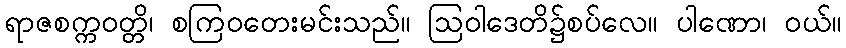
ရာဇစက္ကဝတ္တိ၊ စကြဝတေးမင်းသည်။ ဩဝါဒေတိ၌စပ်လေ။ ပါဏော၊ ဝယ်။